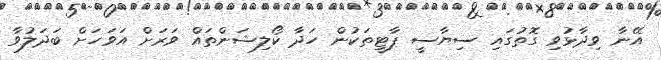
އޭނާ ވިދާޅުވި ގޮތުގައި ސިޔާސީ ޕާޓީތަކުން ހަދާ ކޯލިޝަންތައް ވަރަށް އަވަހަށް ބަދަލުވާ